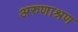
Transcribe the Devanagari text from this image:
अरुणाश्रण